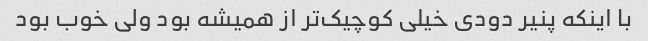
با اینکه پنیر دودى خیلى کوچیک‌تر از همیشه بود ولى خوب بود